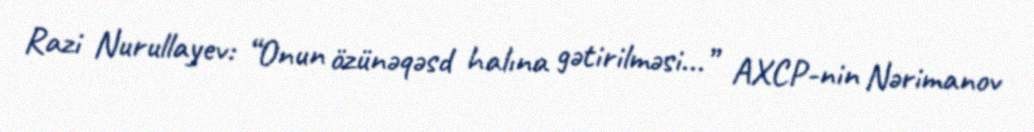
Razi Nurullayev: “Onun özünəqəsd halına gətirilməsi...” AXCP-nin Nərimanov